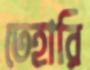
তেহারি